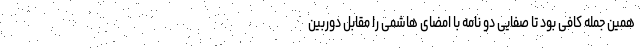
همین جمله کافی بود تا صفایی دو نامه با امضای هاشمی را مقابل دوربین